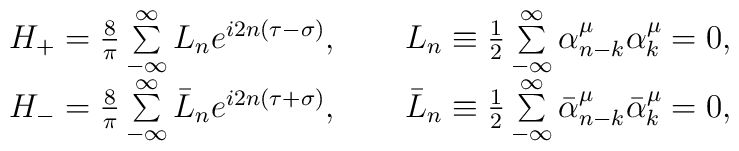
\begin{array}{l} \qquad H_+=\frac{8}{\pi}\sum\limits^\infty_{-\infty}L_ne^{i2n(\tau-\sigma)}, \qquad L_n\equiv\frac12\sum\limits^\infty_{-\infty}\alpha^\mu_{n-k} \alpha^\mu_k=0,\\ \qquad H_-=\frac{8}{\pi}\sum\limits^\infty_{-\infty}\bar L_ne^{i2n(\tau+\sigma)}, \qquad \bar L_n\equiv\frac12\sum\limits^\infty_{-\infty}\bar\alpha^\mu_{n-k}\bar\alpha^\mu_k=0,\end{array}